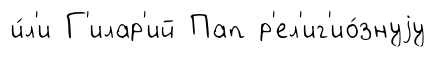
и́л'и Г'илар'ий Пап р'ел'иг'ио́знуjу